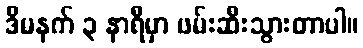
ဒီမနက် ၃ နာရီမှာ ဖမ်းဆီးသွားတာပါ။